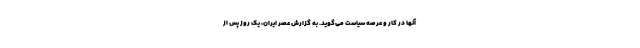
آنها در کار و عرصه سیاست می‌گوید. به گزارش عصر ایران، یک روز پس از